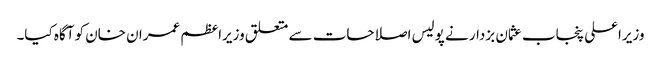
وزیراعلی پنجاب عثمان بزدار نے پولیس اصلاحات سے متعلق وزیراعظم عمران خان کو آگاہ کیا۔